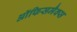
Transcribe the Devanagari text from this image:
ऑफिसमैक्स